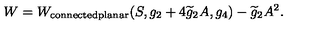
W = W _ { \mathrm { c o n n e c t e d p l a n a r } } ( S , g _ { 2 } + 4 \widetilde { g } _ { 2 } A , g _ { 4 } ) - \widetilde { g } _ { 2 } A ^ { 2 } .